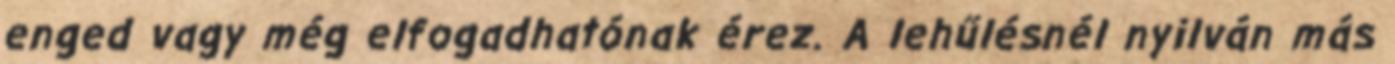
enged vagy még elfogadhatónak érez. A lehűlésnél nyilván más